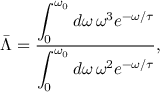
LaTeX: \bar { \Lambda } = \frac { \displaystyle \int _ { 0 } ^ { \omega _ { 0 } } d \omega \, \omega ^ { 3 } e ^ { - \omega / \tau } } { \displaystyle \int _ { 0 } ^ { \omega _ { 0 } } d \omega \, \omega ^ { 2 } e ^ { - \omega / \tau } } ,